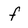
Character: f